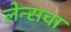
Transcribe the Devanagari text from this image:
लेन्सचा